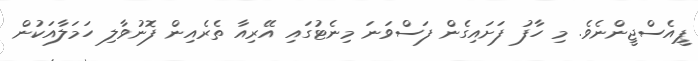
ޕީއެސްޖީންނެވެ. މި ހާފު ފަށައިގެން ފަސްވަނަ މިނެޓުގައި އޭރިއާ ތެރެއިން ފޮނުވާލި ހަމަލާއަކުން